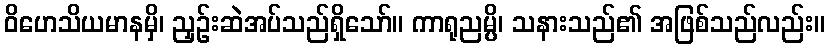
ဝိဟေသိယမာနမှိ၊ ညှဉ်းဆဲအပ်သည်ရှိသော်။ ကာရုညမ္ပိ၊ သနားသည်၏ အဖြစ်သည်လည်း။